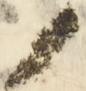
ノ